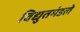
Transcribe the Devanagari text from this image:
विद्युतमंडले